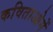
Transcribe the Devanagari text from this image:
कविताओमें